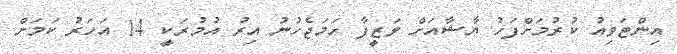
އިންޓަވިއު ކުރުމަށްފަހު ޔާޝާއަށް ވަޒީފާ ހަމަޖެހުނު އިރު އުމުރަކީ 14 އަހަރު ކަމަށް